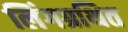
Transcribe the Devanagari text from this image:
लिंगग्रथित